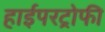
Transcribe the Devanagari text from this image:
हाईपरट्रोफी